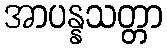
အာပန္နသတ္တာ